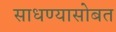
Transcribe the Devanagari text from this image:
साधण्यासोबत